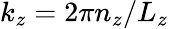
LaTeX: k_{z}=2\pi n_{z}/L_{z}